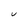
Character: U